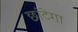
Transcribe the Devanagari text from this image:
छांटेगा